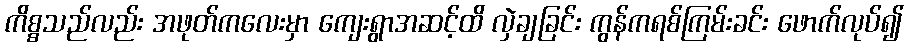
ကိစ္စသည်လည်း အဖုတ်ကလေးမှာ ကျေးရွာအဆင့်ထိ လှဲချခြင်း ကွန်ကရစ်ကြမ်းခင်း ဖောက်လုပ်၍